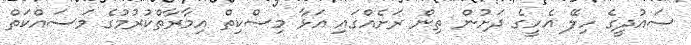
ސައުދީގެ ހިލޭ އެހީގެ ދަށުން ތިން ރަށެއްގައި އަޅާ މިސްކިތް އިމާރާތްކުރުމުގެ މަސައްކަތް